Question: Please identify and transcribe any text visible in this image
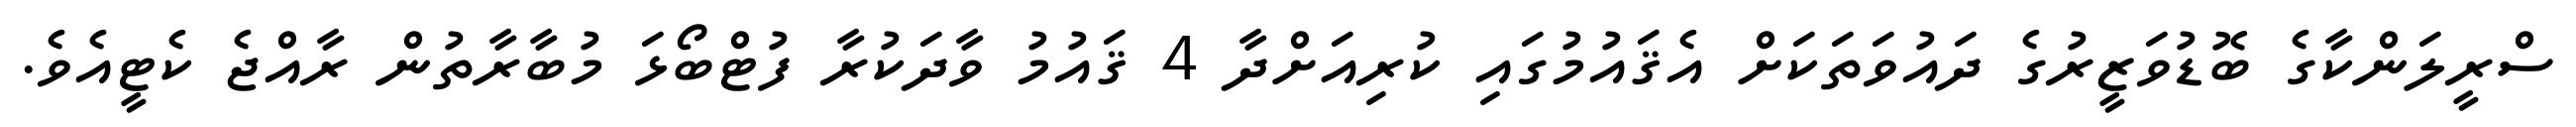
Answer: ސްރީލަންކާގެ ބޮޑުވަޒީރުގެ ދައުވަތަކަށް އެޤައުމުގައި ކުރިއަށްދާ 4 ޤައުމު ވާދަކުރާ ފުޓްބޯޅަ މުބާރާތުން ރާއްޖެ ކެޓީއެވެ.